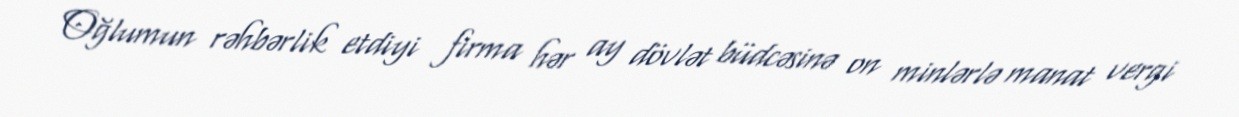
Oğlumun rəhbərlik etdiyi firma hər ay dövlət büdcəsinə on minlərlə manat vergi